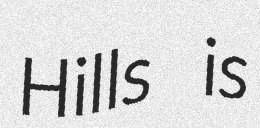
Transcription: Hills is